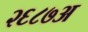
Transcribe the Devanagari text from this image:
२६८७अ